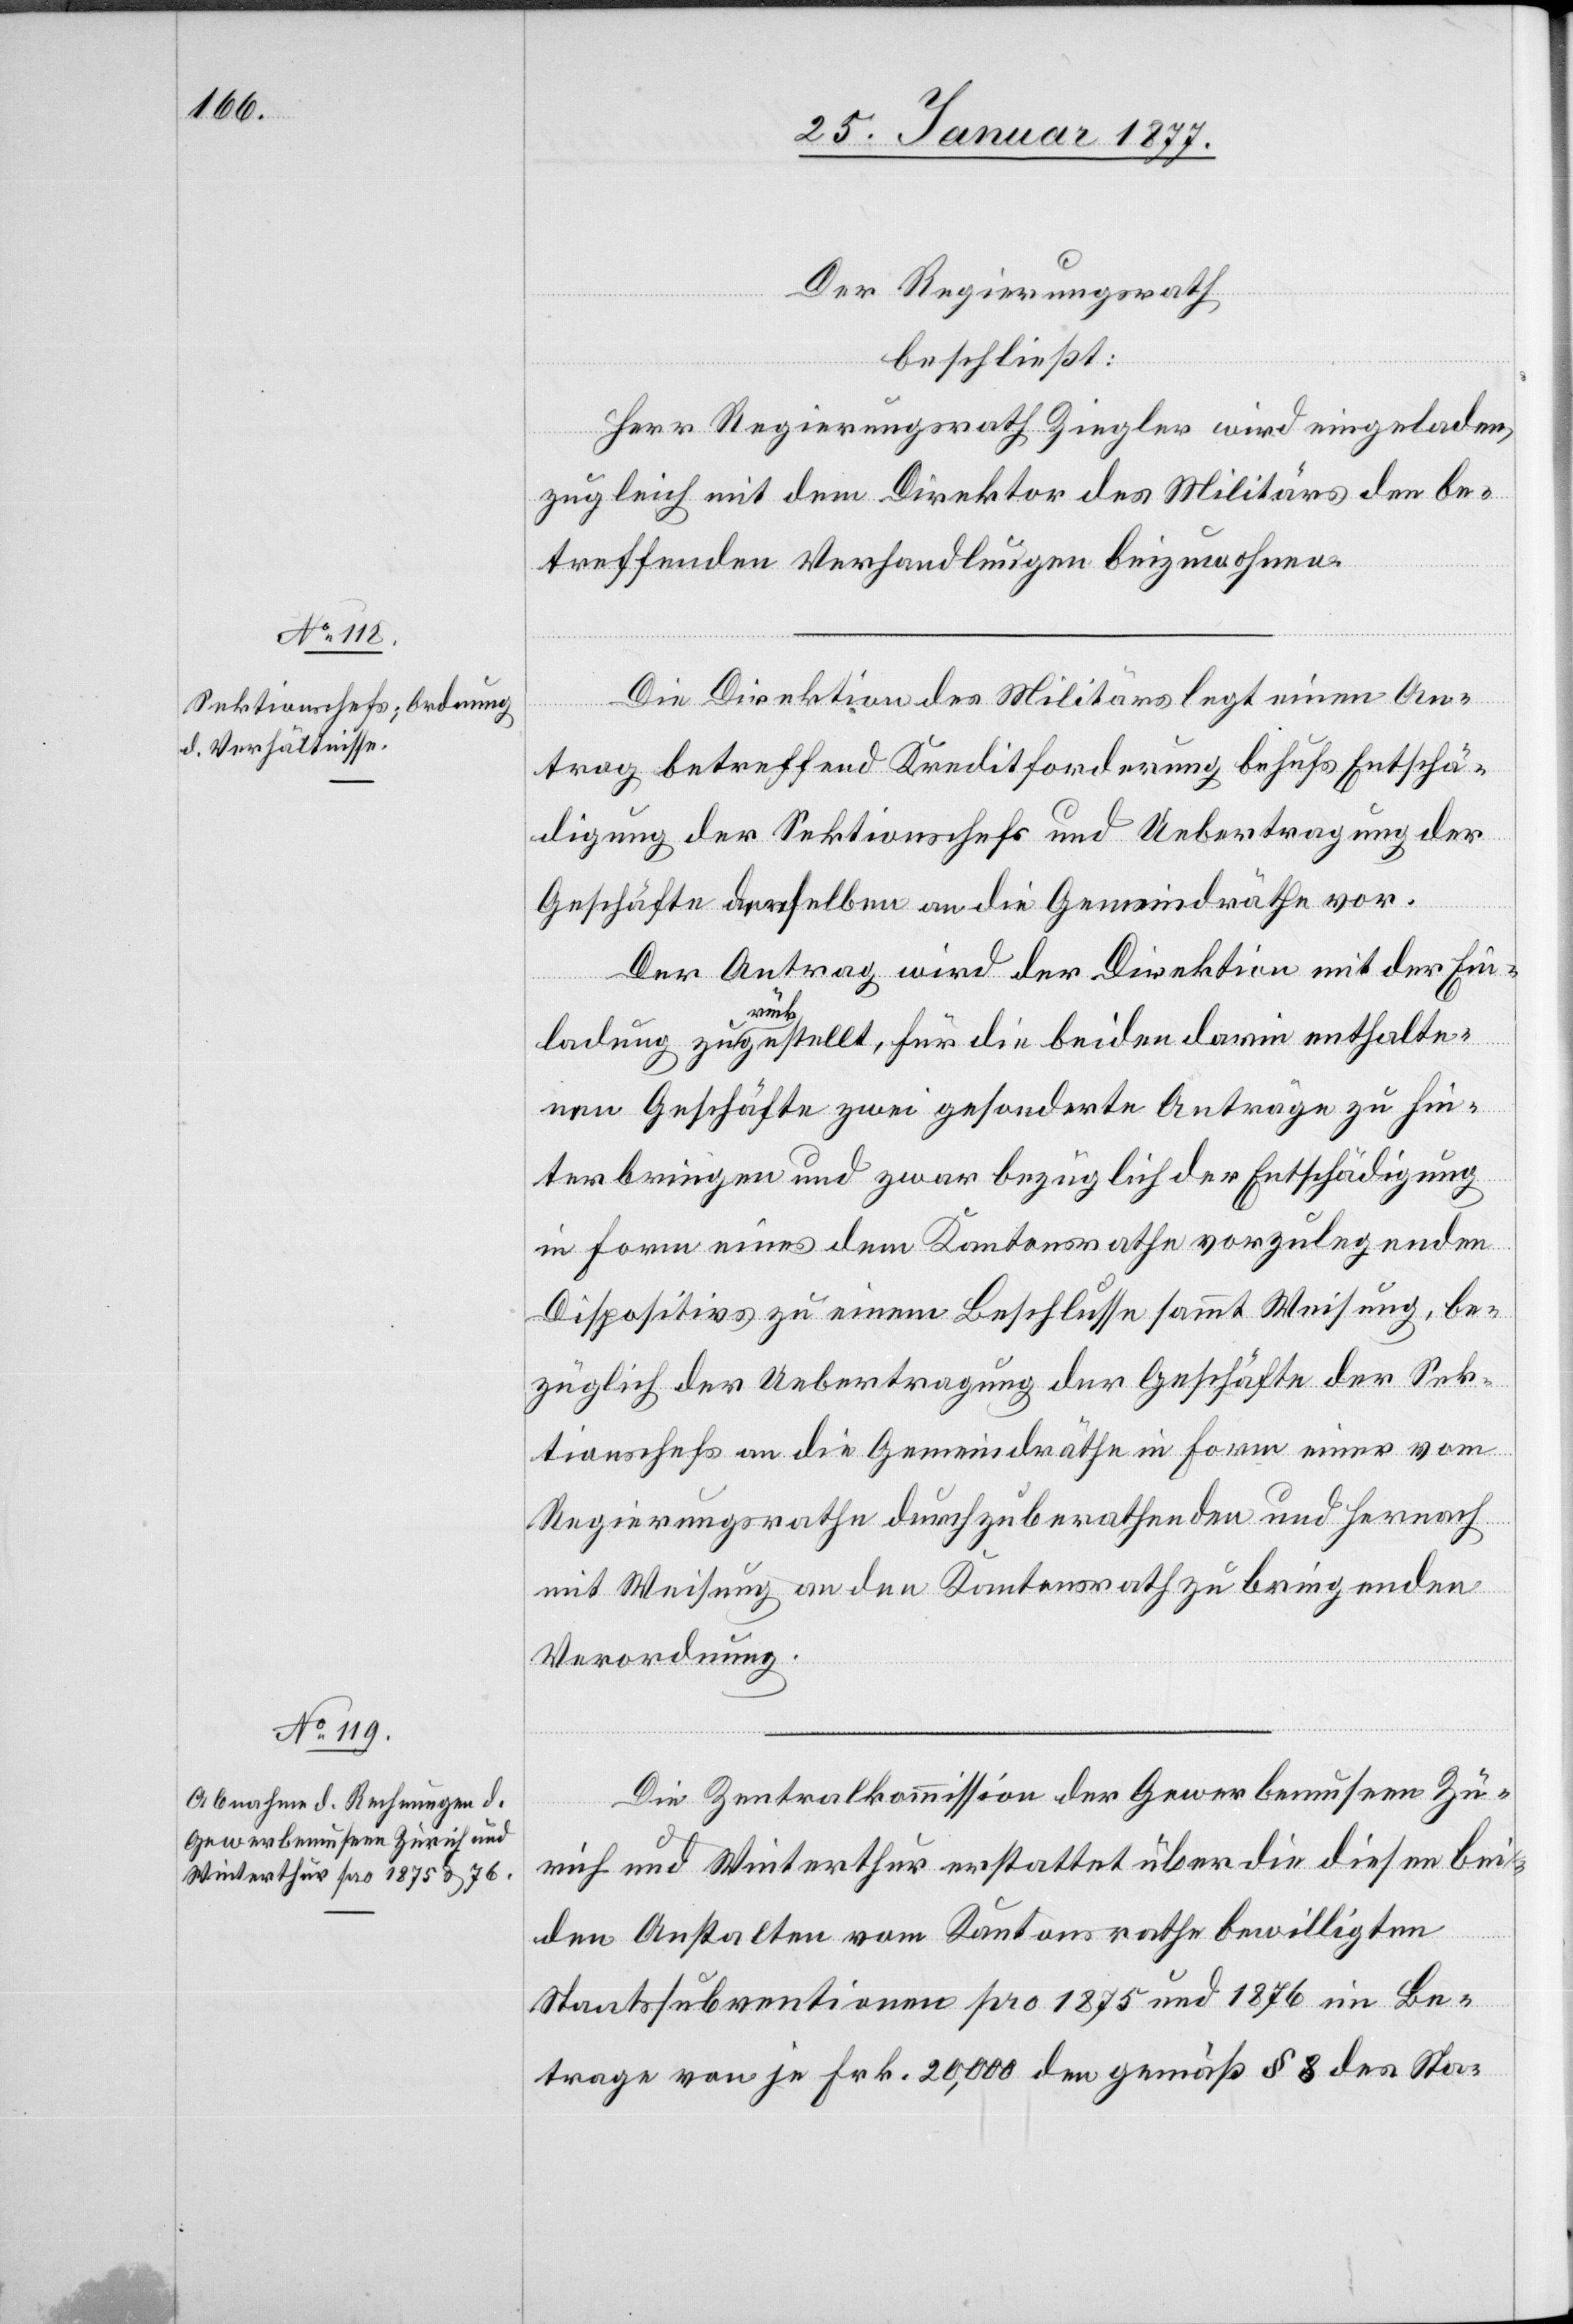
Der Regierungsrath
beschließt:
Herr Regierungsrath Ziegler wird eingeladen,
zugleich mit dem Direktor des Militärs den be¬
treffenden Verhandlungen beizuwohnen.
Die Direktion des Militärs legt einen An¬
trag betreffend Kreditforderung behufs Entschä¬
digung der Sektionschefs und Uebertragung der
Geschäfte derselben an die Gemeindräthe vor.
Der Antrag wird der Direktion mit der Ein¬
ladung zurückgestellt, für die beiden darin enthalte¬
nen Geschäfte zwei gesonderte Anträge zu hin¬
terbringen und zwar bezüglich der Entschädigung
in Form eines dem Kantonsrathe vorzulegenden
Dispositivs zu einem Beschlusse sammt Weisung, be¬
züglich der Uebertragung der Geschäfte der Sek¬
tionschefs an die Gemeindräthe in Form einer vom
Regierungsrathe durchzuberathenden und hernach
mit Weisung an den Kantonsrath zu bringenden
Verordnung.
Die Zentralkommission der Gewerbemuseen Zü¬
rich und Winterthur erstattet über die diesen bei¬
den Anstalten vom Kantonsrathe bewilligten
Staatssubventionen pro 1875 und 1876 im Be¬
trage von je Frk. 20,000 den gemäß § 8 des Sta-